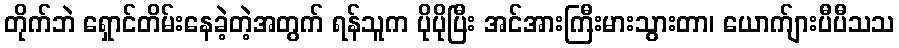
တိုက်ဘဲ ရှောင်တိမ်းနေခဲ့တဲ့အတွက် ရန်သူက ပိုပိုပြီး အင်အားကြီးမားသွားတာ၊ ယောက်ျားပီပီသသ